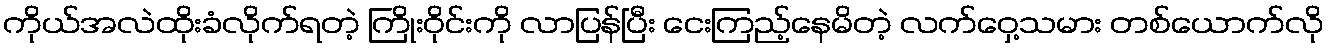
ကိုယ်အလဲထိုးခံလိုက်ရတဲ့ ကြိုးဝိုင်းကို လာပြန်ပြီး ငေးကြည့်နေမိတဲ့ လက်ဝှေ့သမား တစ်ယောက်လို